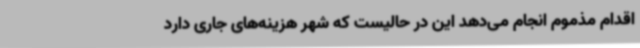
اقدام مذموم انجام می‌دهد این در حالیست که شهر هزینه‌های جاری دارد